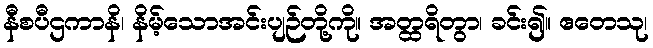
နီစပီဌကာနိ၊ နိမ့်သောအင်းပျဉ်တို့ကို။ အတ္ထရိတွာ၊ ခင်း၍။ ဧတေသု၊